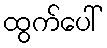
ထွက်ပေါ်